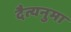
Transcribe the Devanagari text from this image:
दैत्यनुमा